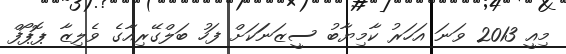
މިއީ 2013 ވަނަ އަހަރު ކާމިޔާބު ސީޒަނަަކަށް ފަހު ބަލްގޭރިއާގެ ވެލިޒާ ޕޮޕޯފް